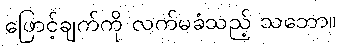
ဖြောင့်ချက်ကို လက်မခံသည့် သဘော။